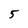
Character: 5